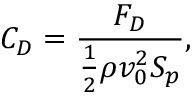
C _ { D } = \frac { F _ { D } } { \frac 1 2 \rho v _ { 0 } ^ { 2 } S _ { p } } ,